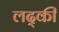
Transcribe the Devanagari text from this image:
लद्की